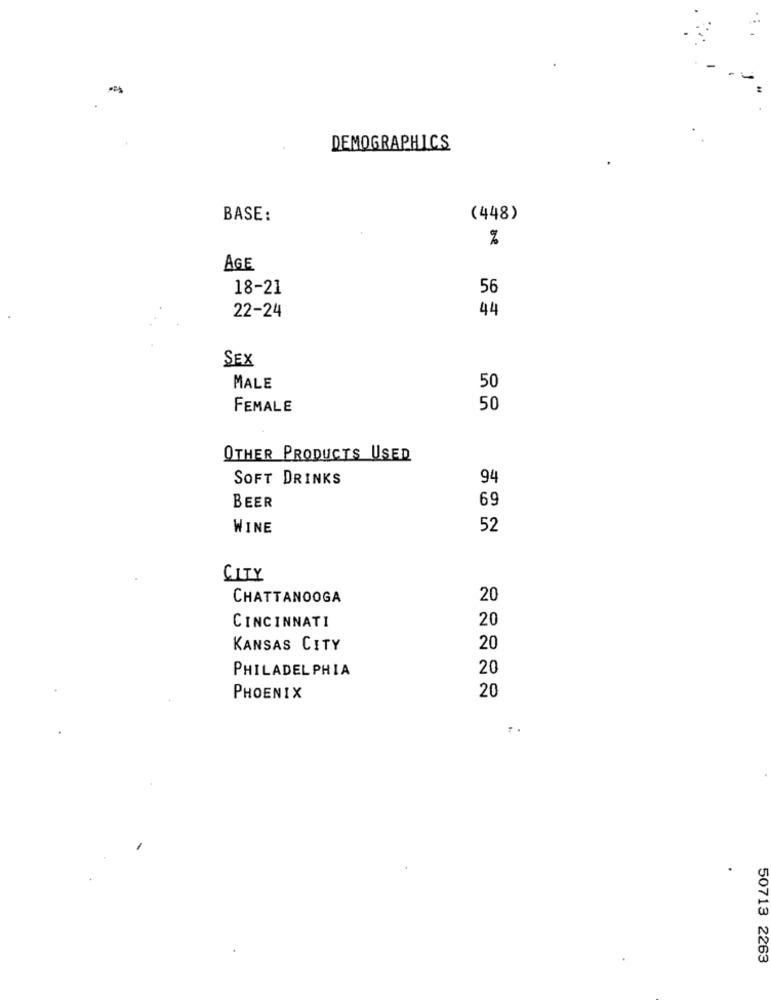
DEMOGRAPHICS
BASE:
(448)
%
AGE
18-21
56
22-24
44
SEX
MALE
50
FEMALE
50
OTHER PRODUCTS USED
SOFT DRINKS
94
BEER
69
WINE
52
CITY
CHATTANOOGA
20
CINCINNATI
20
KANSAS CITY
20
PHILADELPHIA
20
PHOENIX
20
50713 2263